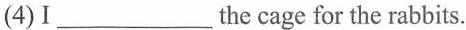
(4) I___the cage for the rabbits.